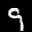
Label: 9